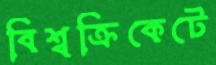
বিশ্বক্রিকেটে